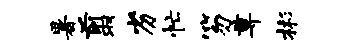
暑翦劣忙笏尊彬